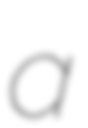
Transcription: a